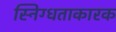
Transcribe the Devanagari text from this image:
स्निग्धताकारक